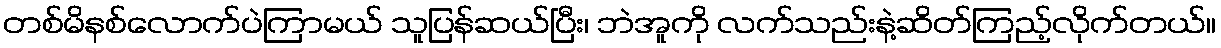
တစ်မိနစ်လောက်ပဲကြာမယ် သူပြန်ဆယ်ပြီး၊ ဘဲအူကို လက်သည်းနဲ့ဆိတ်ကြည့်လိုက်တယ်။